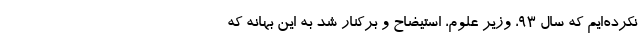
نکرده‌ایم که سال 93، وزیر علوم، استیضاح و برکنار شد به این بهانه که